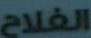
الفلاح